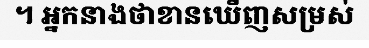
។ អ្នកនាងថាខានឃើញសម្រស់